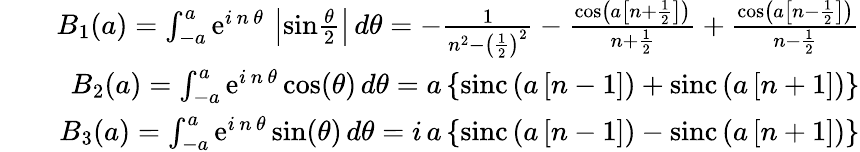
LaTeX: \begin{array}{rlr}&{}&{B_{1}(a)=\int_{-a}^{a}\mathrm{e}^{i\, n\, \theta}\, \left|\mathrm{sin}{\frac{\theta}{2}}\right|\, d\theta=-{\frac{1}{n^{2}-\left({\frac{1}{2}}\right)^{2}}}-{\frac{\mathrm{cos}\left(a\left[n+{\frac{1}{2}}\right]\right)}{n+{\frac{1}{2}}}}+{\frac{\mathrm{cos}\left(a\left[n-{\frac{1}{2}}\right]\right)}{n-{\frac{1}{2}}}}}\\ &{}&{B_{2}(a)=\int_{-a}^{a}\mathrm{e}^{i\, n\, \theta}\, \mathrm{cos}(\theta)\, d\theta=a\left\{ \mathrm{sinc}\left(a\left[n-1\right]\right)+\mathrm{sinc}\left(a\left[n+1\right]\right)\right\} }\\ &{}&{B_{3}(a)=\int_{-a}^{a}\mathrm{e}^{i\, n\, \theta}\, \mathrm{sin}(\theta)\, d\theta=i\, a\left\{ \mathrm{sinc}\left(a\left[n-1\right]\right)-\mathrm{sinc}\left(a\left[n+1\right]\right)\right\} }\end{array}